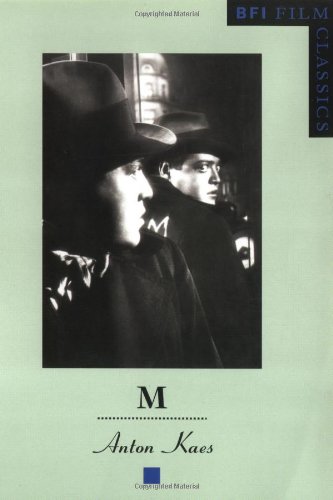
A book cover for M (BFI Film Classics); Anton Kaes; Humor & Entertainment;